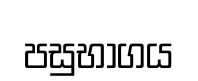
පසුභාගය